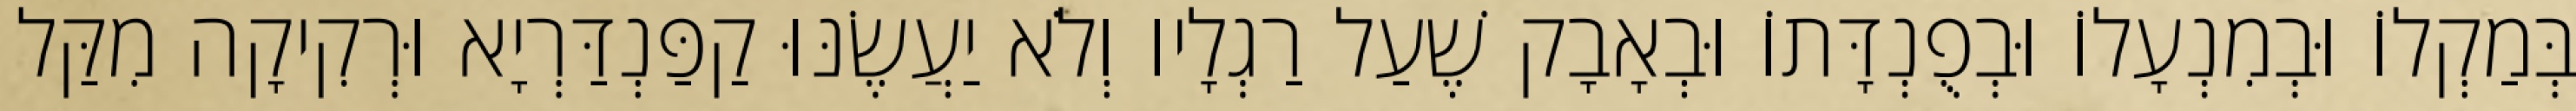
בְּמַקְלוֹ וּבְמִנְעָלוֹ וּבְפֻנְדָּתוֹ וּבְאָבָק שֶׁעַל רַגְלָיו וְלֹא יַעֲשֶׂנּוּ קַפַּנְדַּרְיָא וּרְקִיקָה מִקַּל